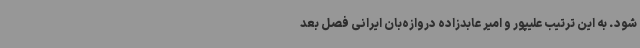
شود. به این ترتیب علیپور و امیر عابدزاده دروازه‌بان ایرانی فصل بعد